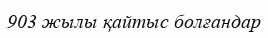
903 жылы қайтыс болғандар